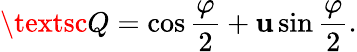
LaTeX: {\textsc{Q}}=\cos\frac{\varphi}{2}+{\mathbf u}\sin\frac{\varphi}{2}.